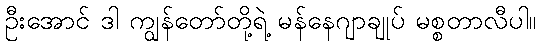
ဦးအောင် ဒါ ကျွန်တော်တို့ရဲ့ မန်နေဂျာချုပ် မစ္စတာလီပါ။